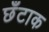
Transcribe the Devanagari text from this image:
छँटाक